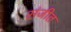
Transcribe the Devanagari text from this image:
संजीत